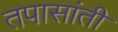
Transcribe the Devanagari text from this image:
तपासांती